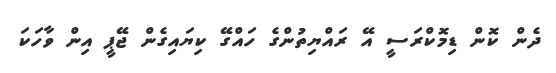
ދެން ކޮން ޑިމޮކްރަސީ އޭ ރައްޔިތުންގެ ހަައްގޭ ކިޔައިގެން ޖޭޕީ އިން ވާހަކަ